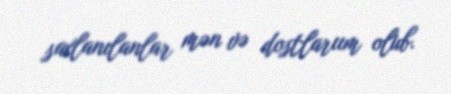
saxlanılanlar mən və dostlarıım olub.